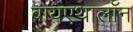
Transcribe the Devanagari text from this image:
बायएथालॉन